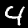
Label: 4